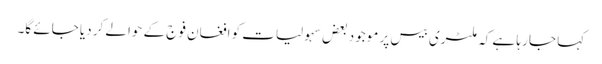
کہا جا رہا ہے کہ ملٹری بیس پر موجود بعض سہولیات کو افغان فوج کے حوالے کر دیا جائے گا۔